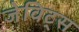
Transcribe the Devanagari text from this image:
जेविट्स